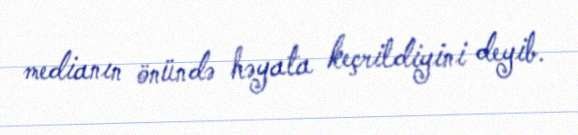
medianın önündə həyata keçrildiyini deyib.